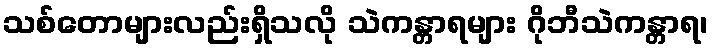
သစ်တောများလည်းရှိသလို သဲကန္တာရများ ဂိုဘီသဲကန္တာရ၊